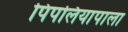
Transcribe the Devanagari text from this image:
पिपलियापाला